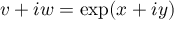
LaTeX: v + i w = \exp ( x + i y )